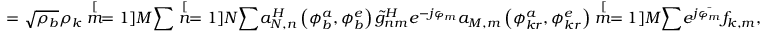
= \sqrt { \rho _ { b } } \rho _ { k } \stackrel [ m = 1 ] { M } { \sum } \stackrel [ n = 1 ] { N } { \sum } a _ { N , n } ^ { H } \left( \phi _ { b } ^ { a } , \phi _ { b } ^ { e } \right) \tilde { g } _ { n m } ^ { H } e ^ { - j \varphi _ { m } } a _ { M , m } \left( \phi _ { k r } ^ { a } , \phi _ { k r } ^ { e } \right) \stackrel [ m = 1 ] { M } { \sum } e ^ { j \bar { \varphi _ { m } } } f _ { k , m } ,